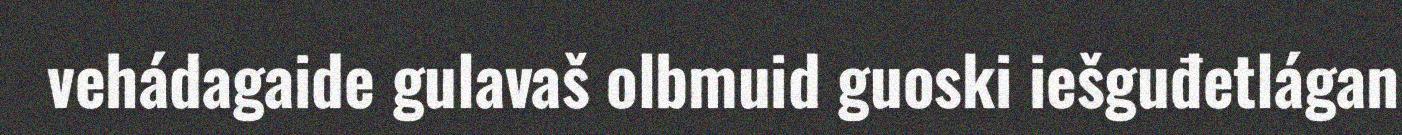
vehádagaide gulavaš olbmuid guoski iešguđetlágan